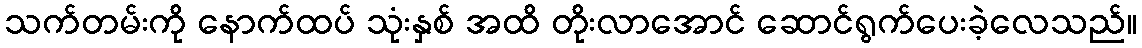
သက်တမ်းကို နောက်ထပ် သုံးနှစ် အထိ တိုးလာအောင် ဆောင်ရွက်ပေးခဲ့လေသည်။